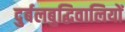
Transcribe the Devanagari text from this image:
दुर्बलबुद्धिवालियों